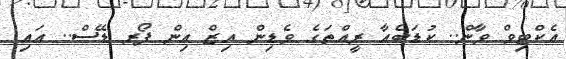
އެކްޓިވް ވާން.. ކުޑަބެއާ ރީއްތަގެ ވެޑިން އިޒް އިން ފޯރ ޑޭސް.. އައި